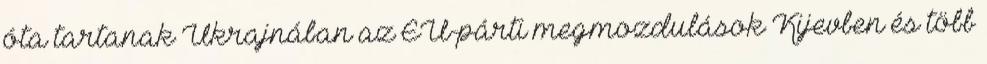
óta tartanak Ukrajnában az EU-párti megmozdulások Kijevben és több